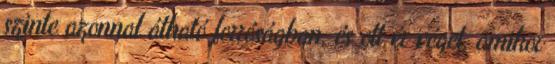
szinte azonnal átható forróságban, és ott ér véget, amikor